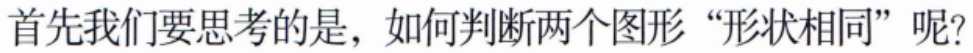
首先我们要思考的是，如何判断两个图形“形状相同”呢?